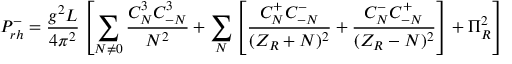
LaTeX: P _ { r h } ^ { - } = { \frac { g ^ { 2 } L } { 4 \pi ^ { 2 } } } \left[ \sum _ { N \neq 0 } { \frac { C _ { N } ^ { 3 } C _ { - N } ^ { 3 } } { N ^ { 2 } } } + \sum _ { N } \left[ { \frac { C _ { N } ^ { + } C _ { - N } ^ { - } } { ( Z _ { R } + N ) ^ { 2 } } } + { \frac { C _ { N } ^ { - } C _ { - N } ^ { + } } { ( Z _ { R } - N ) ^ { 2 } } } \right] + \Pi _ { R } ^ { 2 } \right]